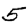
Digit: 5